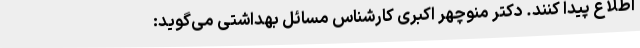
اطلاع پیدا کنند. دکتر منوچهر اکبری کارشناس مسائل بهداشتی می‌گوید: